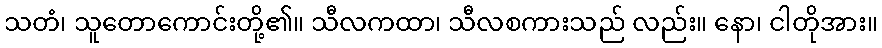
သတံ၊ သူတောကောင်းတို့၏။ သီလကထာ၊ သီလစကားသည် လည်း။ နော၊ ငါတိုအား။